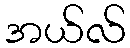
အယ်လ်